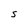
Character: S